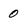
Character: 0